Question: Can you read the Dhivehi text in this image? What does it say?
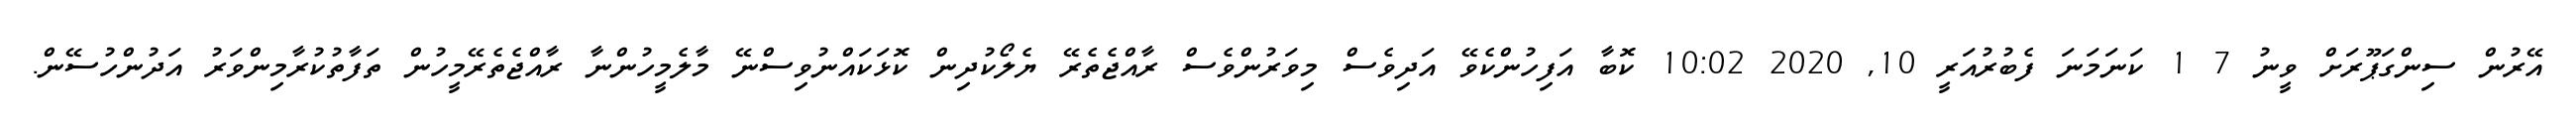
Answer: އޭރުން ސިންގަޕޫރަށް ވީނު 7 1 ކަނަމަނަ ފެބުރުއަރީ 10, 2020 10:02 ކޮބާ އަފިހުންކެވޭ އަދިވެސް މިވަރުންވެސް ރާއްޖެތެރޭ ޔެލޯކުދިން ކޮޅަކައްނުވިސްނޭ މާލެމީހުންނާ ރާއްޖެތެރޭމީހުން ތަފާތުކުރާމިންވަރު އަދުންހުސޭން.